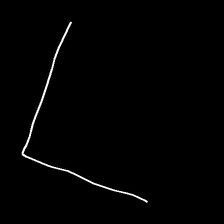
Glyph: region